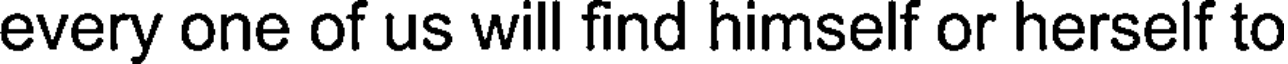
every one of us will find himself or herself to